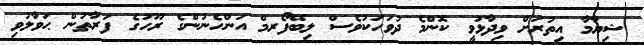
ޝިޔާމާ އިތުރަށް ވިދާޅުވީ ކޮންމެ ދުވަހަކުވެސް ލިބޭފޯރމް އަންހެނުންގެ ރޫހުގެ ފަރާތުން ޙަވާލުވި